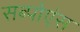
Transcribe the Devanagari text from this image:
सब्पोएंस